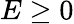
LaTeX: E\ge 0